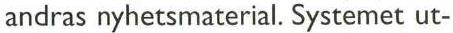
andras nyhetsmaterial. Systemet ut-